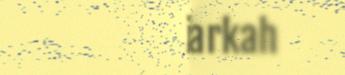
im guarkah